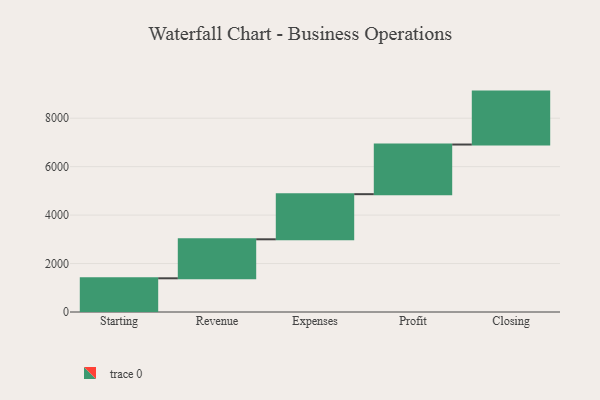
{"axis": {"x": "Step", "y": "Value"}, "legend": [""], "data": [{"x": "Starting", "y": 1391.0, "type": ""}, {"x": "Revenue", "y": 1610.0, "type": ""}, {"x": "Expenses", "y": 1863.0, "type": ""}, {"x": "Profit", "y": 2049.0, "type": ""}, {"x": "Closing", "y": 2185.0, "type": ""}]}